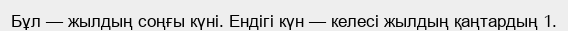
Бұл — жылдың соңғы күні. Ендігі күн — келесі жылдың қаңтардың 1.